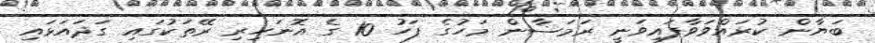
ބަޔާން ކުރައްވަވާފައިވަނީ ރަމަޟާން މަހުގެ ފަހު 10 ގެ އޮނަހިރި ރޭތަކުގައިި ގަދައަޅައި